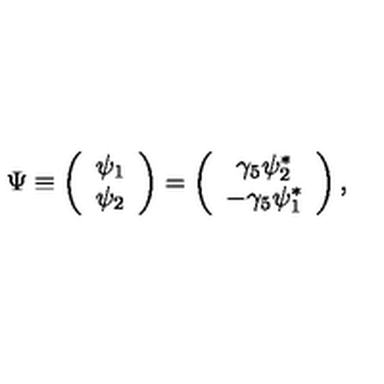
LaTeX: \Psi \equiv \left( \begin{array} { c } { \psi _ { 1 } } \\ { \psi _ { 2 } } \\ \end{array} \right) = \left( \begin{array} { c } { \gamma _ { 5 } \psi _ { 2 } ^ { * } } \\ { - \gamma _ { 5 } \psi _ { 1 } ^ { * } } \\ \end{array} \right) ,